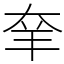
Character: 羍